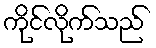
ကိုင်လိုက်သည်